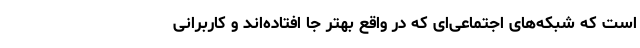
است که شبکه‌های اجتماعی‌ای که در واقع بهتر جا افتاده‌اند و کاربرانی